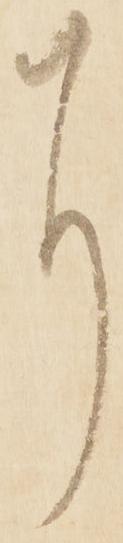
に